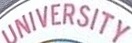
UNIVERSITY